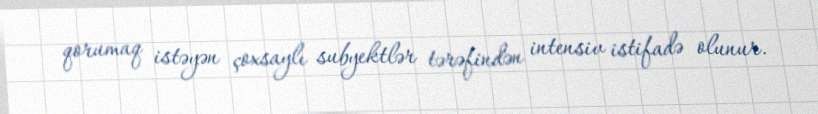
qorumaq istəyən çoxsaylı subyektlər tərəfindən intensiv istifadə olunur.